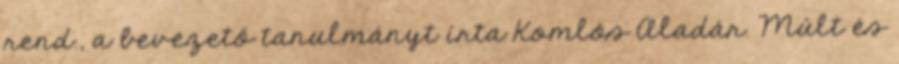
rend., a bevezető tanulmányt írta Komlós Aladár. Múlt és